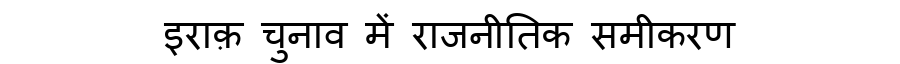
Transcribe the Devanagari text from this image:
इराक़ चुनाव में राजनीतिक समीकरण